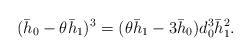
LaTeX: \begin{align*} (\bar{h}_0 -\theta \bar{h}_1)^3 = (\theta \bar{h}_1 - 3 \bar{h}_0)d_0^3\bar{h}_1^2.\end{align*}